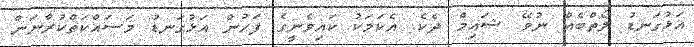
އަޅުގަނޑު ލޯތްބެއް ނުވޭ ޝައިމް ދެކެ. އެކަމަކު ކައިވެނީގެ ފަހުން އަޅުގަނޑު މަސައްކަތްކުރާނަން